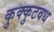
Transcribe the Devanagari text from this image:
कुक्कुटवध